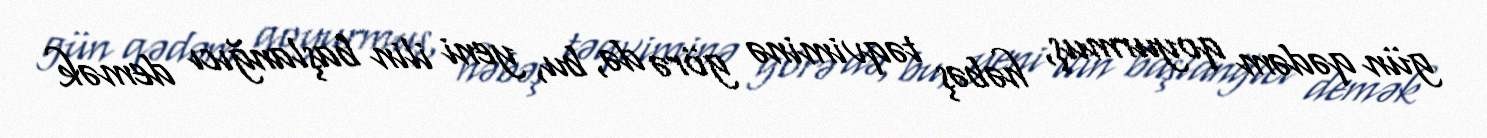
gün qədəm qoyurmuş, həbəş təqviminə görə də, bu, yeni ilin başlanğıcı demək